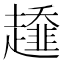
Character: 𧾓